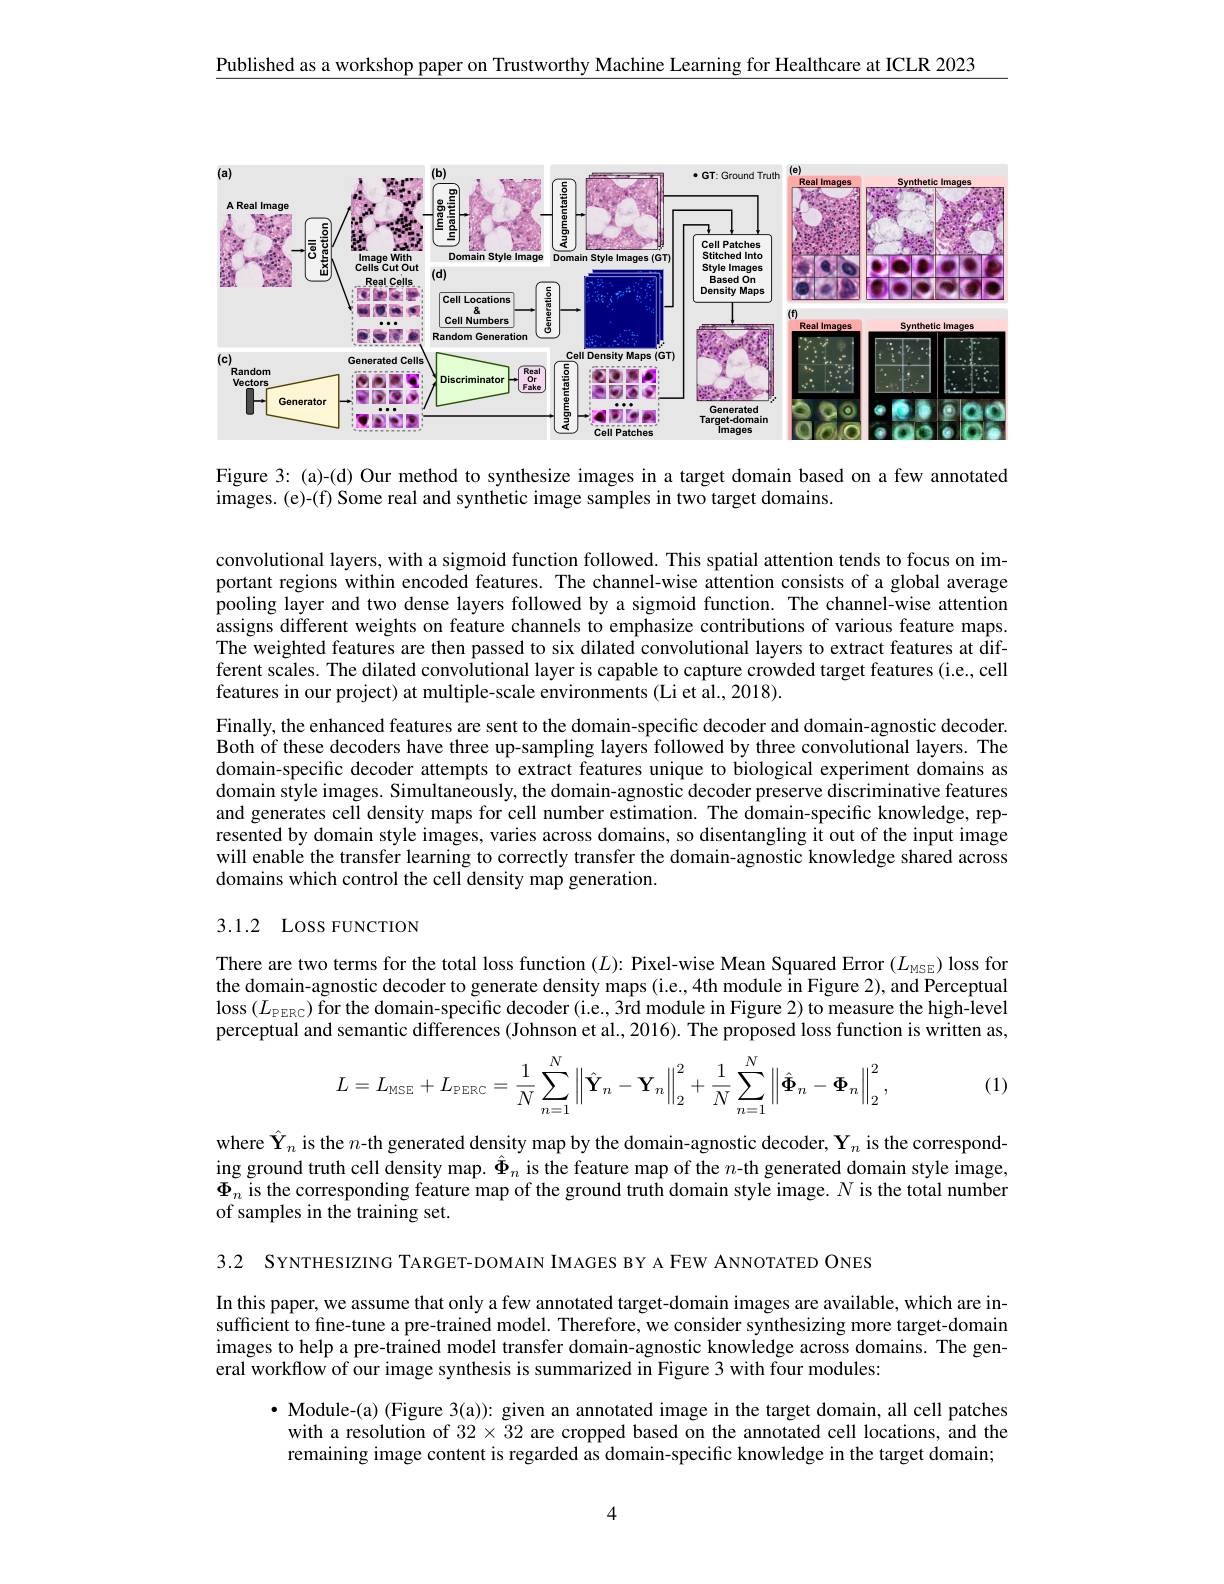
Published as a workshop paper on Trustworthy Machine Learning for Healthcare at ICLR 2023

<FigureHere>

Figure 3: (a)-(d) Our method to synthesize images in a target domain based on a few annotated
images. (e)-(f) Some real and synthetic image samples in two target domains.

convolutional layers, with a sigmoid function followed. This spatial attention tends to focus on important regions within encoded features. The channel-wise attention consists of a global average pooling layer and two dense layers followed by a sigmoid function. The channel-wise attention assigns different weights on feature channels to emphasize contributions of various feature maps. The weighted features are then passed to six dilated convolutional layers to extract features at different scales. The dilated convolutional layer is capable to capture crowded target features (i.e., cell features in our project) at multiple-scale environments (Li et al., 2018).
Finally, the enhanced features are sent to the domain-specific decoder and domain-agnostic decoder. Both of these decoders have three up-sampling layers followed by three convolutional layers. The domain-specific decoder attempts to extract features unique to biological experiment domains as domain style images. Simultaneously, the domain-agnostic decoder preserve discriminative features and generates cell density maps for cell number estimation. The domain-specific knowledge, represented by domain style images, varies across domains, so disentangling it out of the input image will enable the transfer learning to correctly transfer the domain-agnostic knowledge shared across domains which control the cell density map generation.

# 3.1.2 Loss FUNCTION

There are two terms for the total loss function $(L):$ Pixel-wise Mean Squared Error $(L_{\mathrm{MSE}})$ loss for the domain-agnostic decoder to generate density maps (i.e.,4th module in Figure 2), and Perceptual loss$\left ( L_{\mathrm{PERC}}\right )$for the domain-specific decoder (i.e, 3rd module in Figure 2) to measure the high-level perceptual and semantic differences (Johnson et al., 2016). The proposed loss function is written as,
$$L=L_{\text{MSE}}+L_{\text{PERC}}=\frac{1}{N}\sum_{n=1}^{N}\left\|\hat{\mathbf{Y}}_{n}-\mathbf{Y}_{n}\right\|_{2}^{2}+\frac{1}{N}\sum_{n=1}^{N}\left\|\hat{\mathbf{\Phi}}_{n}-\mathbf{\Phi}_{n}\right\|_{2}^{2},$$
(1)

where $\hat{\mathbf{Y}}_n$ is the $n$-th generated density map by the domain-agnostic decoder, $\mathbf{Y}_n$ is the corresponding ground truth cell density map. $\hat{\Phi}_n$ is the feature map of the $n$-th generated domain style image, $\Phi_n$ is the corresponding feature map of the ground truth domain style image. $N$ is the total number of samples in the training set.

3.2 SYNTHESIZING TARGET-DOMAIN IMAGES BY A FEW ANNOTATED ONES

In this paper, we assume that only a few annotated target-domain images are available, which are insufficient to fine-tune a pre-trained model. Therefore, we consider synthesizing more target-domain images to help a pre-trained model transfer domain-agnostic knowledge across domains. The general workflow of our image synthesis is summarized in Figure 3 with four modules:

· Module-(a) (Figure 3(a)): given an annotated image in the target domain, all cell patches with a resolution of $32\times32$ are cropped based on the annotated cell locations, and the remaining image content is regarded as domain-specific knowledge in the target domain;